画像に写った文字を読んでください
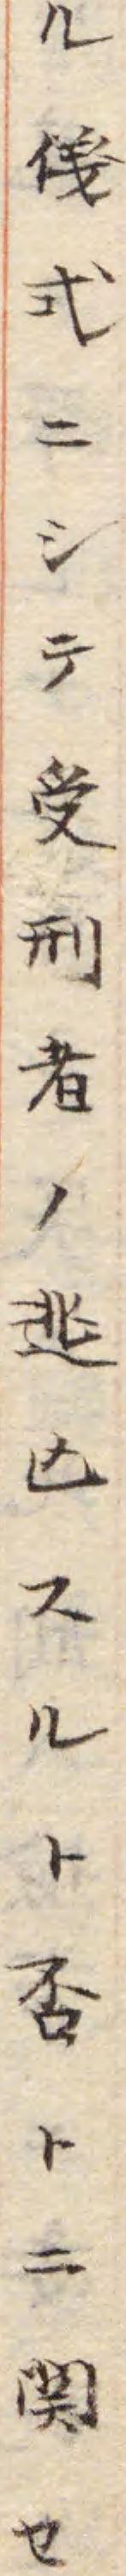
「ル儀式ニシテ受刑者ノ逃亾スルト否トニ関セ」と書いてあります